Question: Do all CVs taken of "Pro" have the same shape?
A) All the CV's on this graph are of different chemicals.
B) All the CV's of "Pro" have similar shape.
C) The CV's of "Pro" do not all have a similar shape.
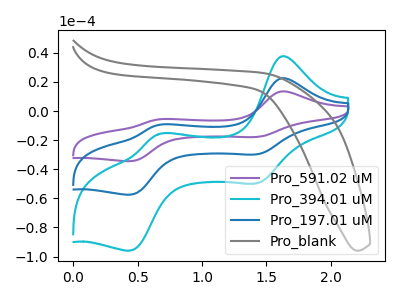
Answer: <think>The purple curve "Pro_591.02 uM" has anodic peaks at (1.60V, 45.00uA) (0.65V, -19.30uA) and cathodic peaks at (1.45V, -59.50uA) (0.45V, -114.85uA). The cyan curve "Pro_394.01 uM" has anodic peaks at (1.60V, 37.55uA) (0.65V, -16.10uA) and cathodic peaks at (1.45V, -49.65uA) (0.45V, -95.85uA). The blue curve "Pro_197.01 uM" has anodic peaks at (1.60V, 22.50uA) (0.65V, -9.65uA) and cathodic peaks at (1.45V, -29.75uA) (0.45V, -57.45uA). The gray curve "Pro_blank" has no peaks.
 All the peaks in "Pro_591.02 uM" have a peak in "Pro_394.01 uM" at the same potential. All the peaks in "Pro_591.02 uM" have a peak in "Pro_197.01 uM" at the same potential. "Pro_591.02 uM" and "Pro_blank" have a different number of peaks. All the peaks in "Pro_394.01 uM" have a peak in "Pro_197.01 uM" at the same potential. "Pro_394.01 uM" and "Pro_blank" have a different number of peaks. "Pro_197.01 uM" and "Pro_blank" have a different number of peaks.</think>
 <answer>B) All the CV's of "Pro" have similar shape.</answer>
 <eval>B</eval>